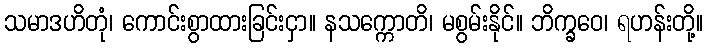
သမာဒဟိတုံ၊ ကောင်းစွာထားခြင်းငှာ။ နသက္ကောတိ၊ မစွမ်းနိုင်။ ဘိက္ခဝေ၊ ရဟန်းတို့။